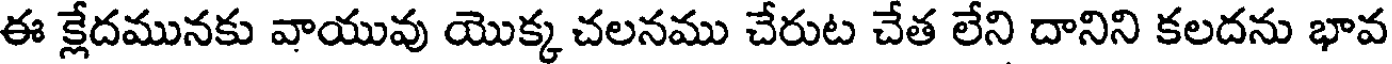
ఈ క్లేదమునకు వాయువు యొక్క చలనము చేరుట చేత లేని దానిని కలదను భావ